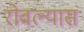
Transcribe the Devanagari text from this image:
रोवल्यास